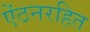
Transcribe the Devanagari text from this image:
ऐंठनरहित